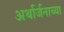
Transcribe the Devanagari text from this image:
अर्थार्जनाच्या